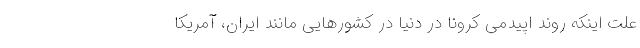
علت اینکه روند اپیدمی کرونا در دنیا در کشورهایی مانند ایران، آمریکا